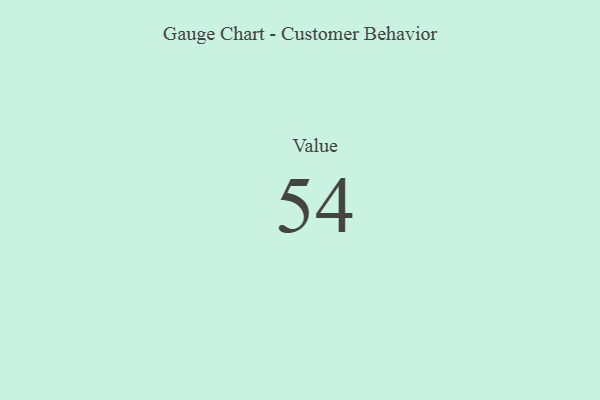
{"axis": {"x": "Metric", "y": "Value"}, "legend": [""], "data": [{"x": "Value", "y": 54, "type": ""}]}